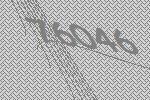
76046